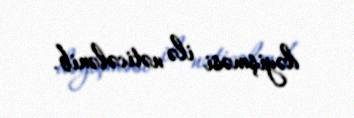
dəyişməsi ilə nəticələnib.